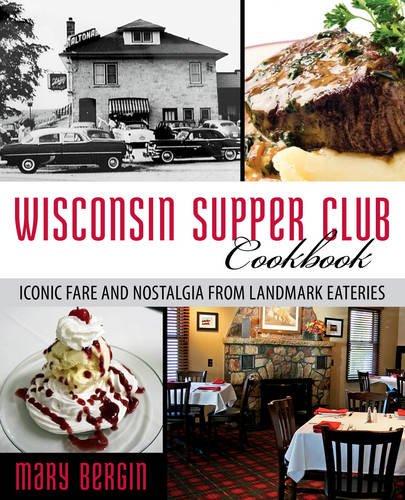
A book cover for Wisconsin Supper Club Cookbook: Iconic Fare and Nostalgia from Landmark Eateries; Mary Bergin; Cookbooks, Food & Wine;